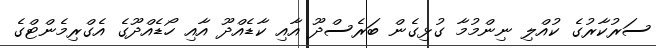
ސަރުކާރުގެ ކުއްލި ނިންމުމާ ގުޅިގެން ބަރެސްދޫ އާއި ކާޑެއްދޫ އާއި ހޯޑެއްދޫގެ އެގްރިމެންޓްގެ